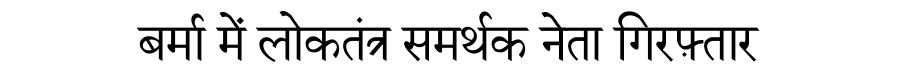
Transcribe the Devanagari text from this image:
बर्मा में लोकतंत्र समर्थक नेता गिरफ़्तार